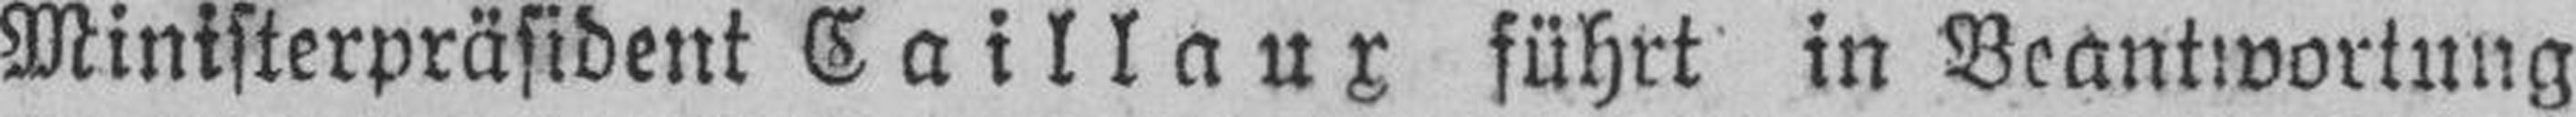
Ministerpräsident Caillaux führt in Beantwortung